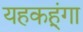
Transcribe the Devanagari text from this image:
यहकहूंगा